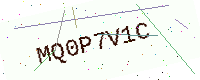
Text: MQ0P7V1C